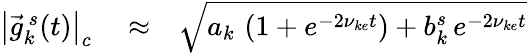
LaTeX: \begin{array}{rlr}{\left|\vec{g}_{k}^{\, s}(t)\right|_{c}}&{{}\approx}&{\sqrt{a_{k}\, \left(1+e^{-2\nu_{ke}t}\right)+b_{k}^{s}\, e^{-2\nu_{ke}t}}}\end{array}